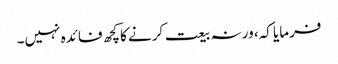
فرمایا کہ، ورنہ بیعت کرنے کاکچھ فائدہ نہیں۔